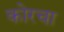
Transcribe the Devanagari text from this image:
कोरचा